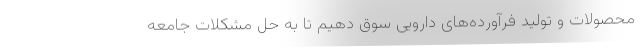
محصولات و تولید فرآورده‌های دارویی سوق دهیم تا به حل مشکلات جامعه